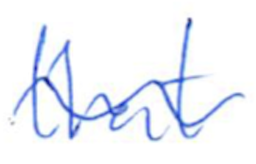
Text: that
Cross-out: wave
Writing tool: ballpoint